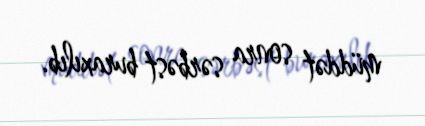
müddət sonra sərbəst buraxılıb.